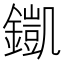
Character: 𨬫